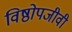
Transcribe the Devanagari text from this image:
विष्ठोपजीवी